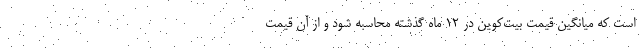
است که میانگین قیمت بیت‌کوین در ۱۲ ماه گذشته محاسبه شود و از آن قیمت